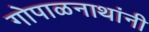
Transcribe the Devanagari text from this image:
गोपाळनाथांनी